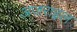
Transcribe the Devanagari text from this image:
अजराइल